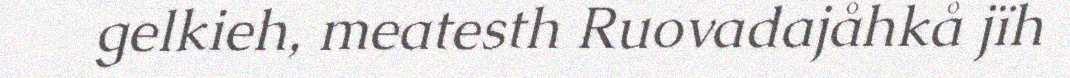
gelkieh, meatesth Ruovadajåhkå jïh